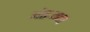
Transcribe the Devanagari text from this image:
अंतःमन